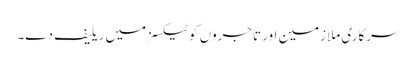
سرکاری ملازمین اور تاجروں کو ٹیکسز میں ریلیف دے۔